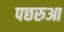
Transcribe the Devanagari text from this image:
पछरुआ